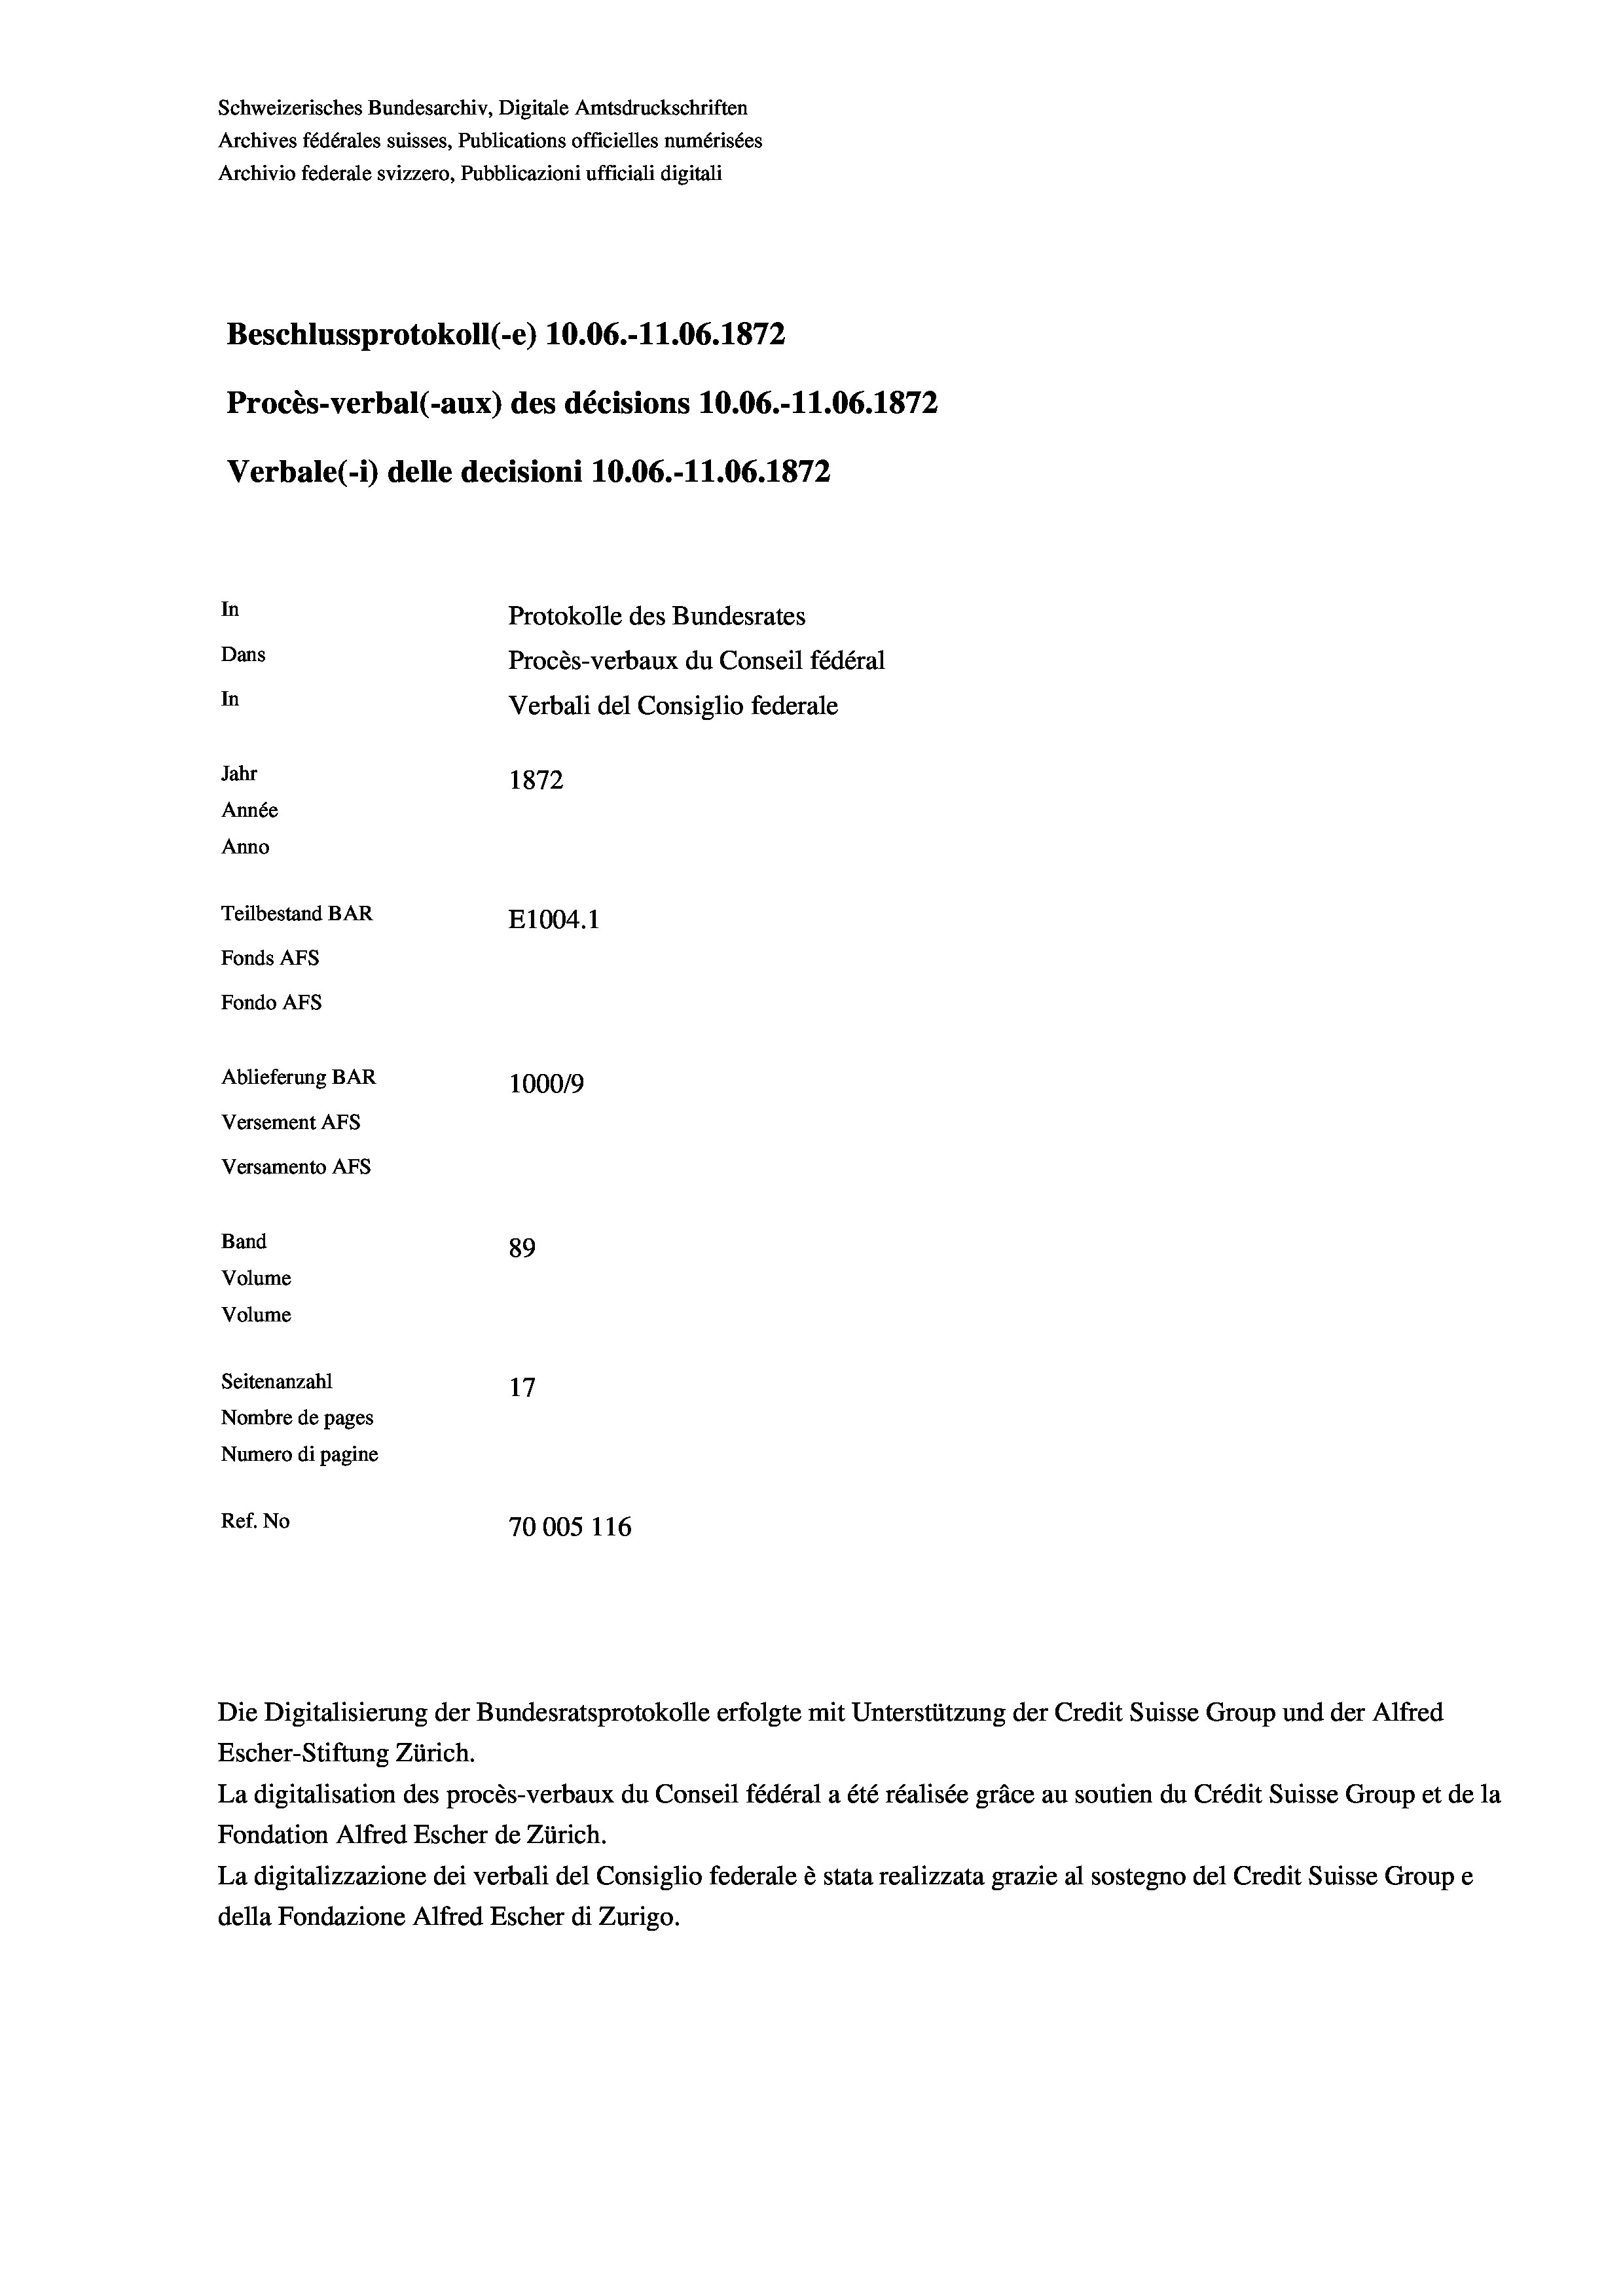
Schweizerisches Bundesarchiv, Digitale Amtsdruckschriften
Archives fédérales suisses, Publications officielles numérisées
Archivio federale svizzero, Pubblicazioni ufficiali digitali
Beschlussprotokoll (-e) 10.06.-11.06. 1872
Procès-verbal (-aux) des décisions 10.06.-11.06. 1872
Verbale (i) delle decisioni 10.06.-11.06. 1872
In
Protokolle des Bundesrates
Dans
Procès-verbaux du Conseil fédéral
In
Verbali del Consiglio federale
Jahr
1872
Année
Anno
Teilbestand BAR
E1004.1
Fonds AFs
Fondo AFS
Ablieferung BAR
100019
Versement AFs
Versamento AFS

Band
Volume

89
Seitenanzahl
Nombre de pages
Numero di pagine
Ref. No
70005 116

Volume

Die Digitalisierung der Bundesratsprotokolle erfolgte mit Unterstützung der Credit Suisse Group und der Alfred
Escher-Stiftung Zürich.
La digitalisation des procès-verbaux du Conseil fédéral a été réalisée gräce au soutien du Crédit Suisse Group et de la
Fondation Alfred Escher de Zürich.
La digitalizzazione dei verbali del Consiglio federale è stata realizzata grazie al sostegno del Credit Suisse Groupe
della Fondazione Alfred Escher di Zurigo.